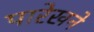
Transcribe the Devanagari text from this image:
पारेखने